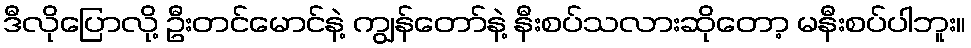
ဒီလိုပြောလို့ ဦးတင်မောင်နဲ့ ကျွန်တော်နဲ့ နီးစပ်သလားဆိုတော့ မနီးစပ်ပါဘူး။